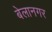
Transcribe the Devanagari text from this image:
बेलानगर